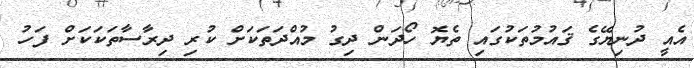
އެއީ ދުނިޔޭގެ ޤައުމުތަކުގައި ތެޔޮ ހޯދަން ދިގު މުއްދަތަކަށް ކުރި ދިރާސާތަކަކަށް ފަހު